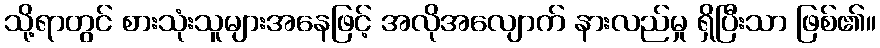
သို့ရာတွင် စားသုံးသူများအနေဖြင့် အလိုအလျောက် နားလည်မှု ရှိပြီးသာ ဖြစ်၏။